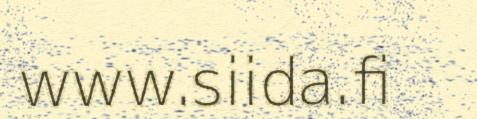
www.siida.fi